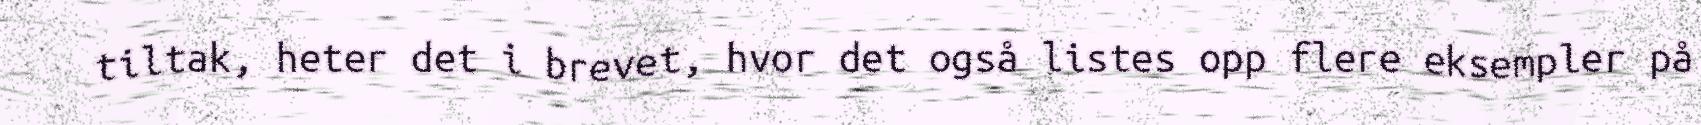
tiltak, heter det i brevet, hvor det også listes opp flere eksempler på